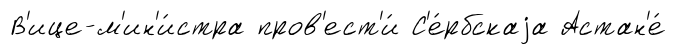
В'ице-м'ин'и́стра пров'ест'и́ С'е́рбскаjа Астан'е́